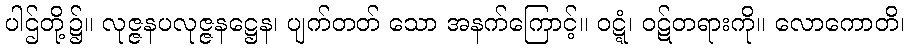
ပါဌ်တို့၌။ လုဇ္ဇနပလုဇ္ဇနဋ္ဌေန၊ ပျက်တတ် သော အနက်ကြောင့်။ ဝဋ္ဋံ၊ ဝဋ်တရားကို။ လောကောတိ၊